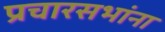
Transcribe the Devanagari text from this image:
प्रचारसभांना